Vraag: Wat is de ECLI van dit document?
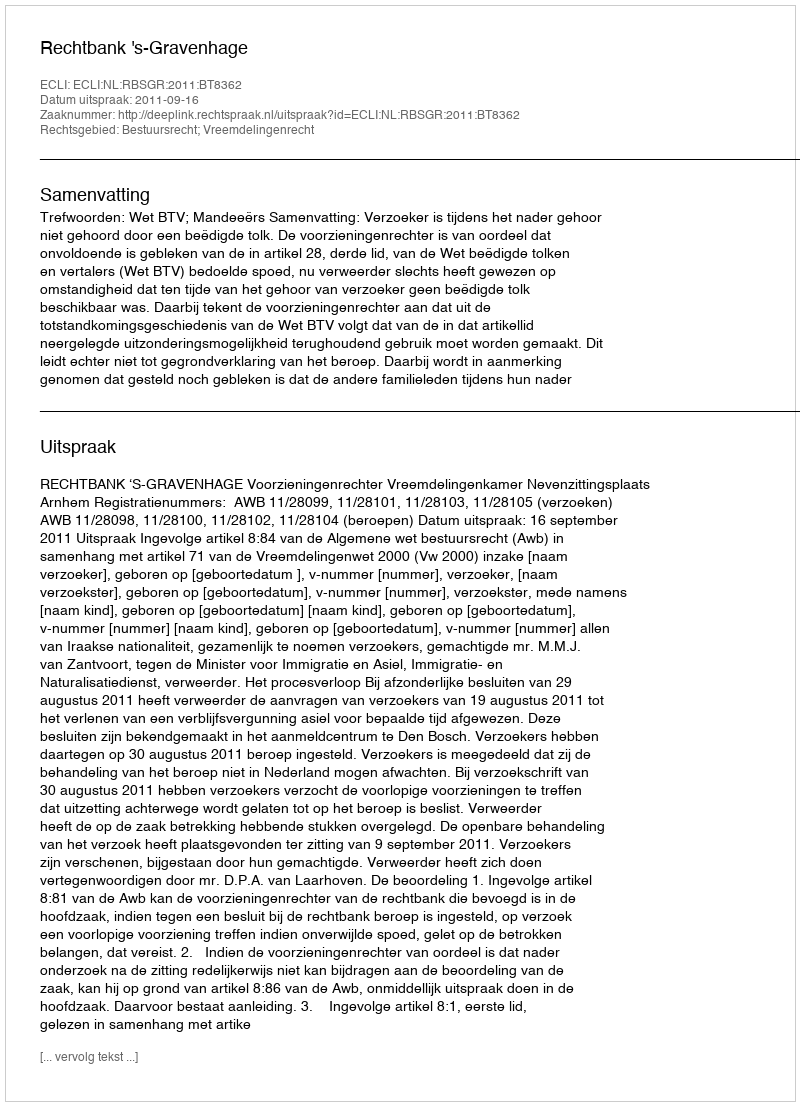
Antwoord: ECLI:NL:RBSGR:2011:BT8362